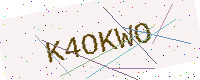
Text: K4OKWO